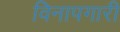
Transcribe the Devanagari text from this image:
विनापगारी